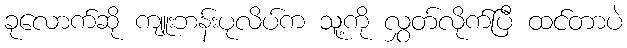
ခုလောက်ဆို ကျူးဘန်းပုလိပ်က သူ့ကို လွှတ်လိုက်ပြီ ထင်တာပဲ